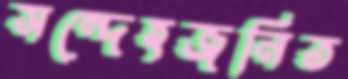
সন্দেহজনিত